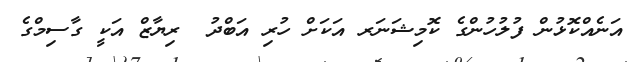
އަނެއްކޮޅުން ފުލުހުންގެ ކޮމިޝަނަރ އަކަށް ހުރި އަބްދު  ރިޔާޒް އަކީ ގާސިމްގެ